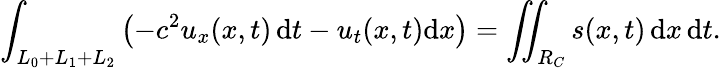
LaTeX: \int_{L_{0}+L_{1}+L_{2}}\left(-c^{2}u_{x}(x,t)\, \mathrm{d}t-u_{t}(x,t)\mathrm{d}x\right)=\iint_{R_{C}}s(x,t)\, \mathrm{d}x\, \mathrm{d}t.